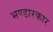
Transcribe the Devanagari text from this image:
भण्डारकार